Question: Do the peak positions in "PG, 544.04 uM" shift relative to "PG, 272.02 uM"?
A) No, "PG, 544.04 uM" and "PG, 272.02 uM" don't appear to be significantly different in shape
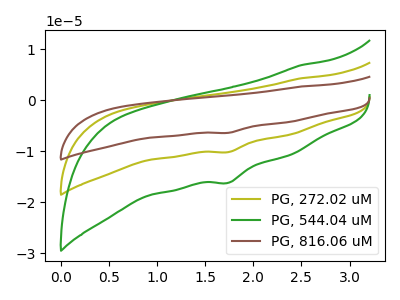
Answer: <think>The olive curve "PG, 272.02 uM" has a cathodic peak at: (1.75V, -10.15uA). The green curve "PG, 544.04 uM" has a cathodic peak at: (1.75V, -16.15uA). The brown curve "PG, 816.06 uM" has a cathodic peak at: (1.75V, -20.30uA).
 All the peaks in "PG, 544.04 uM" have a peak in "PG, 272.02 uM" at the same potential. Every peak in "PG, 544.04 uM" is higher than every peak in "PG, 272.02 uM".</think>
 <answer>A) No, "PG, 544.04 uM" and "PG, 272.02 uM" don't appear to be significantly different in shape</answer>
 <eval>A</eval>